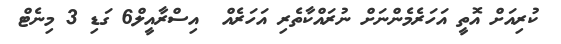
ކުރިއަށް އޮތީ އަހަރެމެންނަށް ނުރައްކާތެރި އަހަރެއް  އިސްރާއީލް6 ގަޑި 3 މިނެޓް